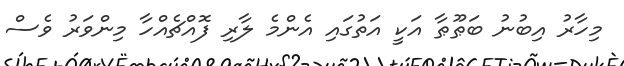
މިހާރު އިބުނު ބަޠޫޠާ އަކީ އަތުގައި އެންމެ ލާރި ފޮއްޗެއްހާ މިންވަރު ވެސް